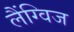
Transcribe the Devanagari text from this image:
लैंग्विज